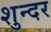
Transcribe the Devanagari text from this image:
शुन्दर